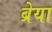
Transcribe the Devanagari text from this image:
ब्रेया